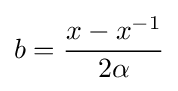
b={\frac {x-x^{-1}}{2\alpha }}